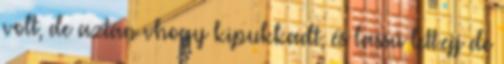
volt, de aztán vhogy kipukkadt, és lassú lett.ejj de